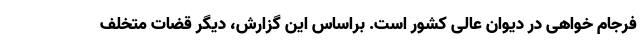
فرجام خواهی در دیوان عالی کشور است. براساس این گزارش، دیگر قضات متخلف